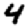
Digit: 4